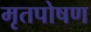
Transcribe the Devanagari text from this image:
मृतपोषण